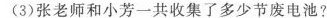
(3)张老师和小芳一共收集了多少节废电池?